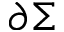
\partial \Sigma